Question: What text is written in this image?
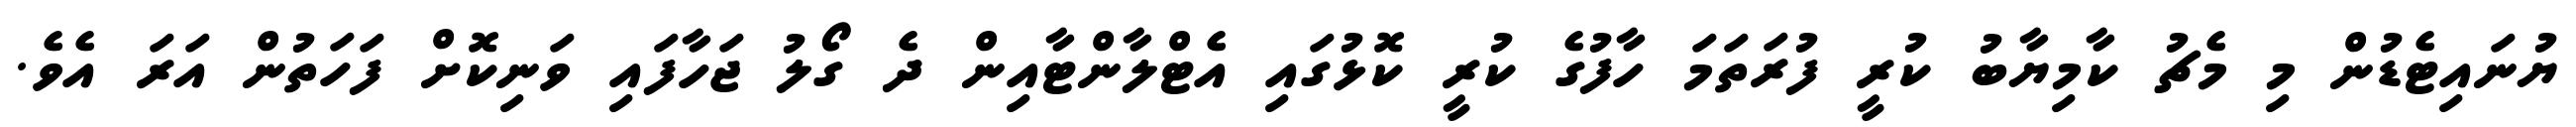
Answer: ޔުނައިޓެޑުން މި މެޗު ކާމިޔާބު ކުރީ ފުރަތަމަ ހާފުގެ ކުރީ ކޮޅުގައި އެޓްލާންޓާއިން ދެ ގޯލު ޖަހާފައި ވަނިކޮށް ފަހަތުން އަރަ އެވެ.